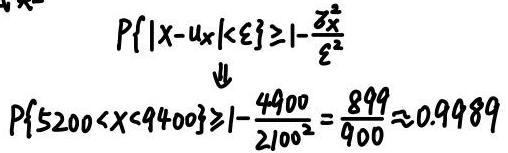
\[
\begin{align*}
P\{|X - \mu_X| < \xi\} &\geq 1 - \frac{\sigma_X^2}{\xi^2}\\
\Downarrow\\
P\{5200 < X < 9400\} &\geq 1 - \frac{4900}{2100^2} = \frac{899}{900} \approx 0.9989
\end{align*}
\]